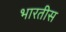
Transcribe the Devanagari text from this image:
भारतीस